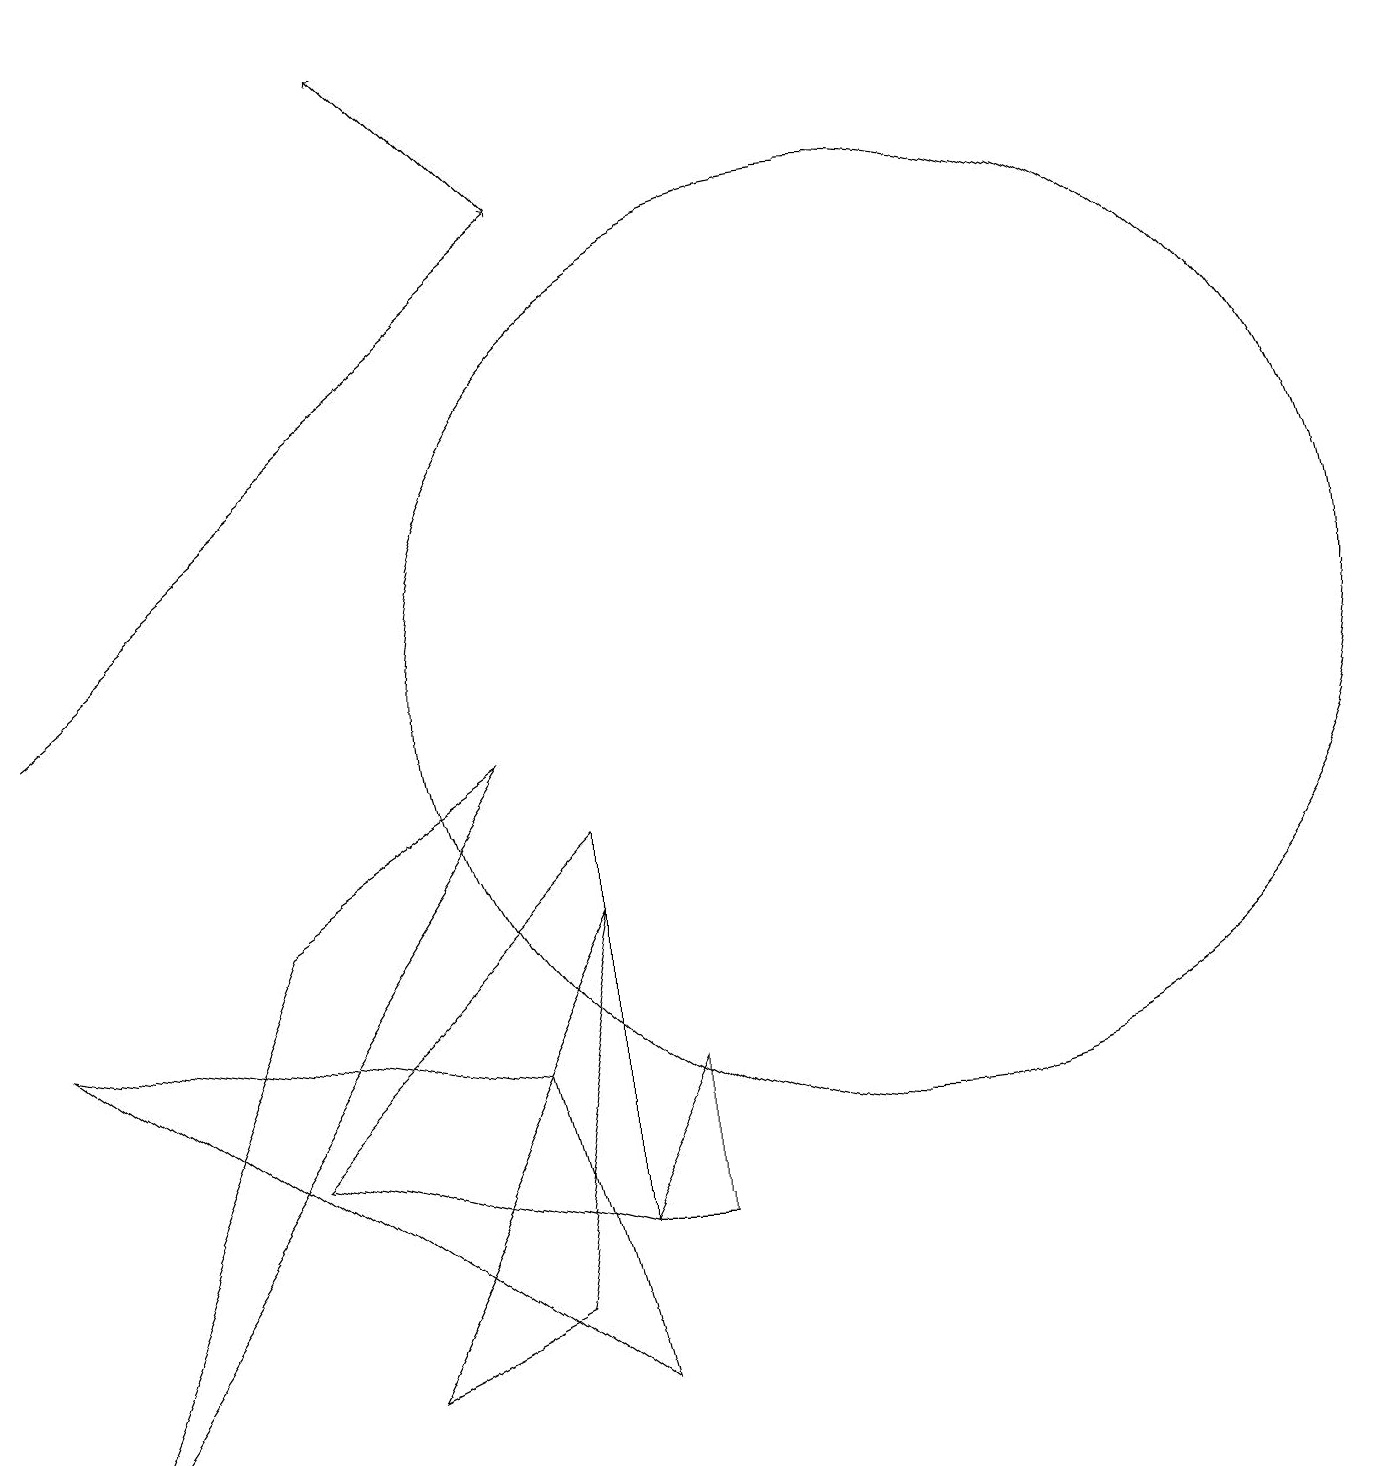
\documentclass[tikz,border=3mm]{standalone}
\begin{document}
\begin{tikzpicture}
\draw[->] (0,10) -- (7,16);
\draw (3,7) -- (0,0) -- (6,9) -- cycle;
\draw (0,6) -- (7,1) -- (6,5) -- cycle;
\draw (7,3) -- (8,5) -- (8,3) -- cycle;
\draw (3,4) -- (7,8) -- (7,3) -- cycle;
\draw (6,2) -- (7,7) -- (4,1) -- cycle;
\draw[->] (7,16) -- (5,18);
\draw (11,10) circle (6);
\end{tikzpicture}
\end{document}